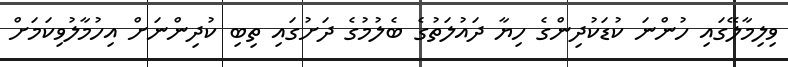
ވިލިމާލޭގައި ހުންނަ ކުޑަކުދިންގެ ހިޔާ ދައުލަތުގެ ބެލުމުގެ ދަށުގައި ތިބި ކުދިންނަށް އިހުމާލުވިކަމަށް